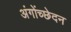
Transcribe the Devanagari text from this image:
अंगोंच्छेदन